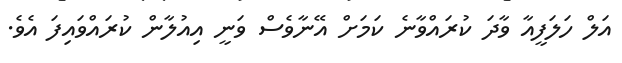
އަލް ހަލަފީއާ ވާދަ ކުރައްވާނެ ކަަމަށް އޭނާވެސް ވަނީ އިއުލާން ކުރައްވައިފަ އެވެ.